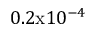
0 . 2 \mathrm { x } 1 0 ^ { - 4 }